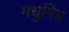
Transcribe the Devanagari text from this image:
मधुमित्र